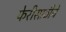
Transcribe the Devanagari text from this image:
फेरीसाठीचे